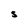
Character: S